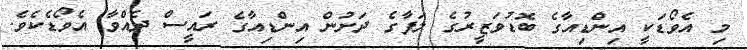
މި އެވޯޑަކީ އިންޑިއާގެ ބޮޑުވަޒީރުގެ ލަފާގެ ދަށުން އިންޑިއާގެ ރައީސް ދެއްވާ އެވޯޑެކެވެ.